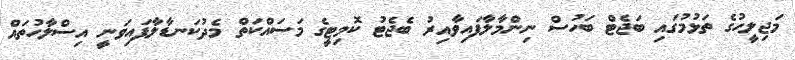
މަޖިލީހުގެ ތަޅުމުގައި ބަޖެޓް ބަހުސް ނިންމާލާފައިވާއިރު ބެޖެޓު ކޮމިޓީގެ މަސައްކަތް މެދުކަނޑާލާފައިވަނީ އިސްލާހުތައް